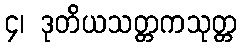
၄၊ ဒုတိယသတ္တကသုတ္တ